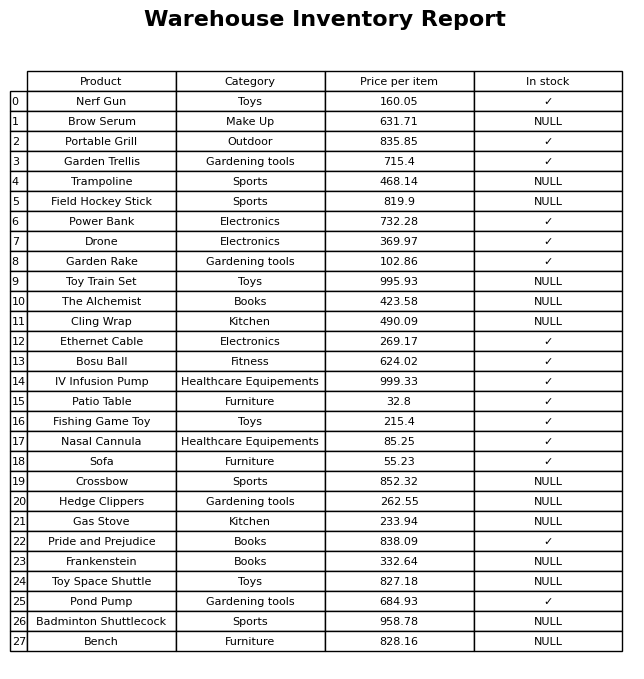
question: Which products are currently out of stock?
answer: Brow Serum, Trampoline, Field Hockey Stick, Toy Train Set, The Alchemist, Cling Wrap, Crossbow, Hedge Clippers, Gas Stove, Frankenstein, Toy Space Shuttle, Badminton Shuttlecock, Bench